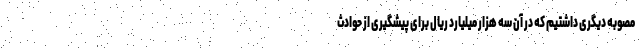
مصوبه دیگری داشتیم که در آن سه هزار میلیارد ریال برای پیشگیری از حوادث